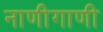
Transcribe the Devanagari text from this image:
नाणीगाणी